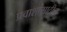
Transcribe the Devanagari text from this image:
प्रवाशांसाठीचा